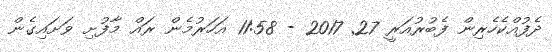
ދެފުއްކެހެރިން ފެބުރުއަރީ 27